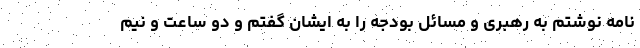
نامه نوشتم به رهبری و مسائل بودجه را به ایشان گفتم و دو ساعت و نیم